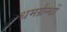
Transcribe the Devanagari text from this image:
धमर्ग्रन्थों